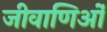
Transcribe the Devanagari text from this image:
जीवाणिओं